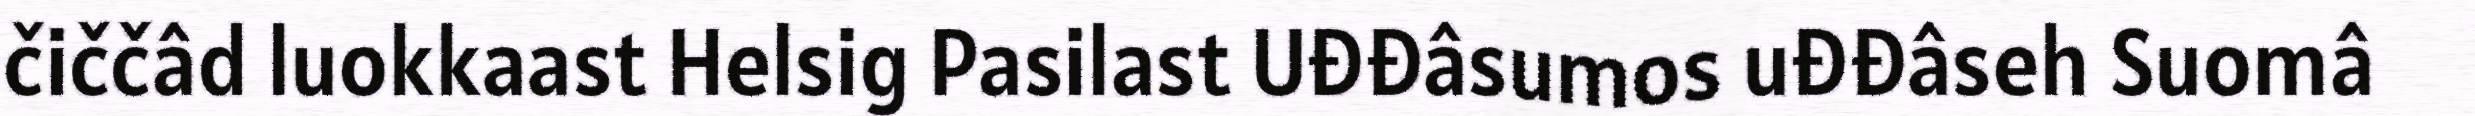
čiččâd luokkaast Helsig Pasilast Uđđâsumos uđđâseh Suomâ